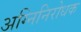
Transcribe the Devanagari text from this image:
अग्निनिरोधक